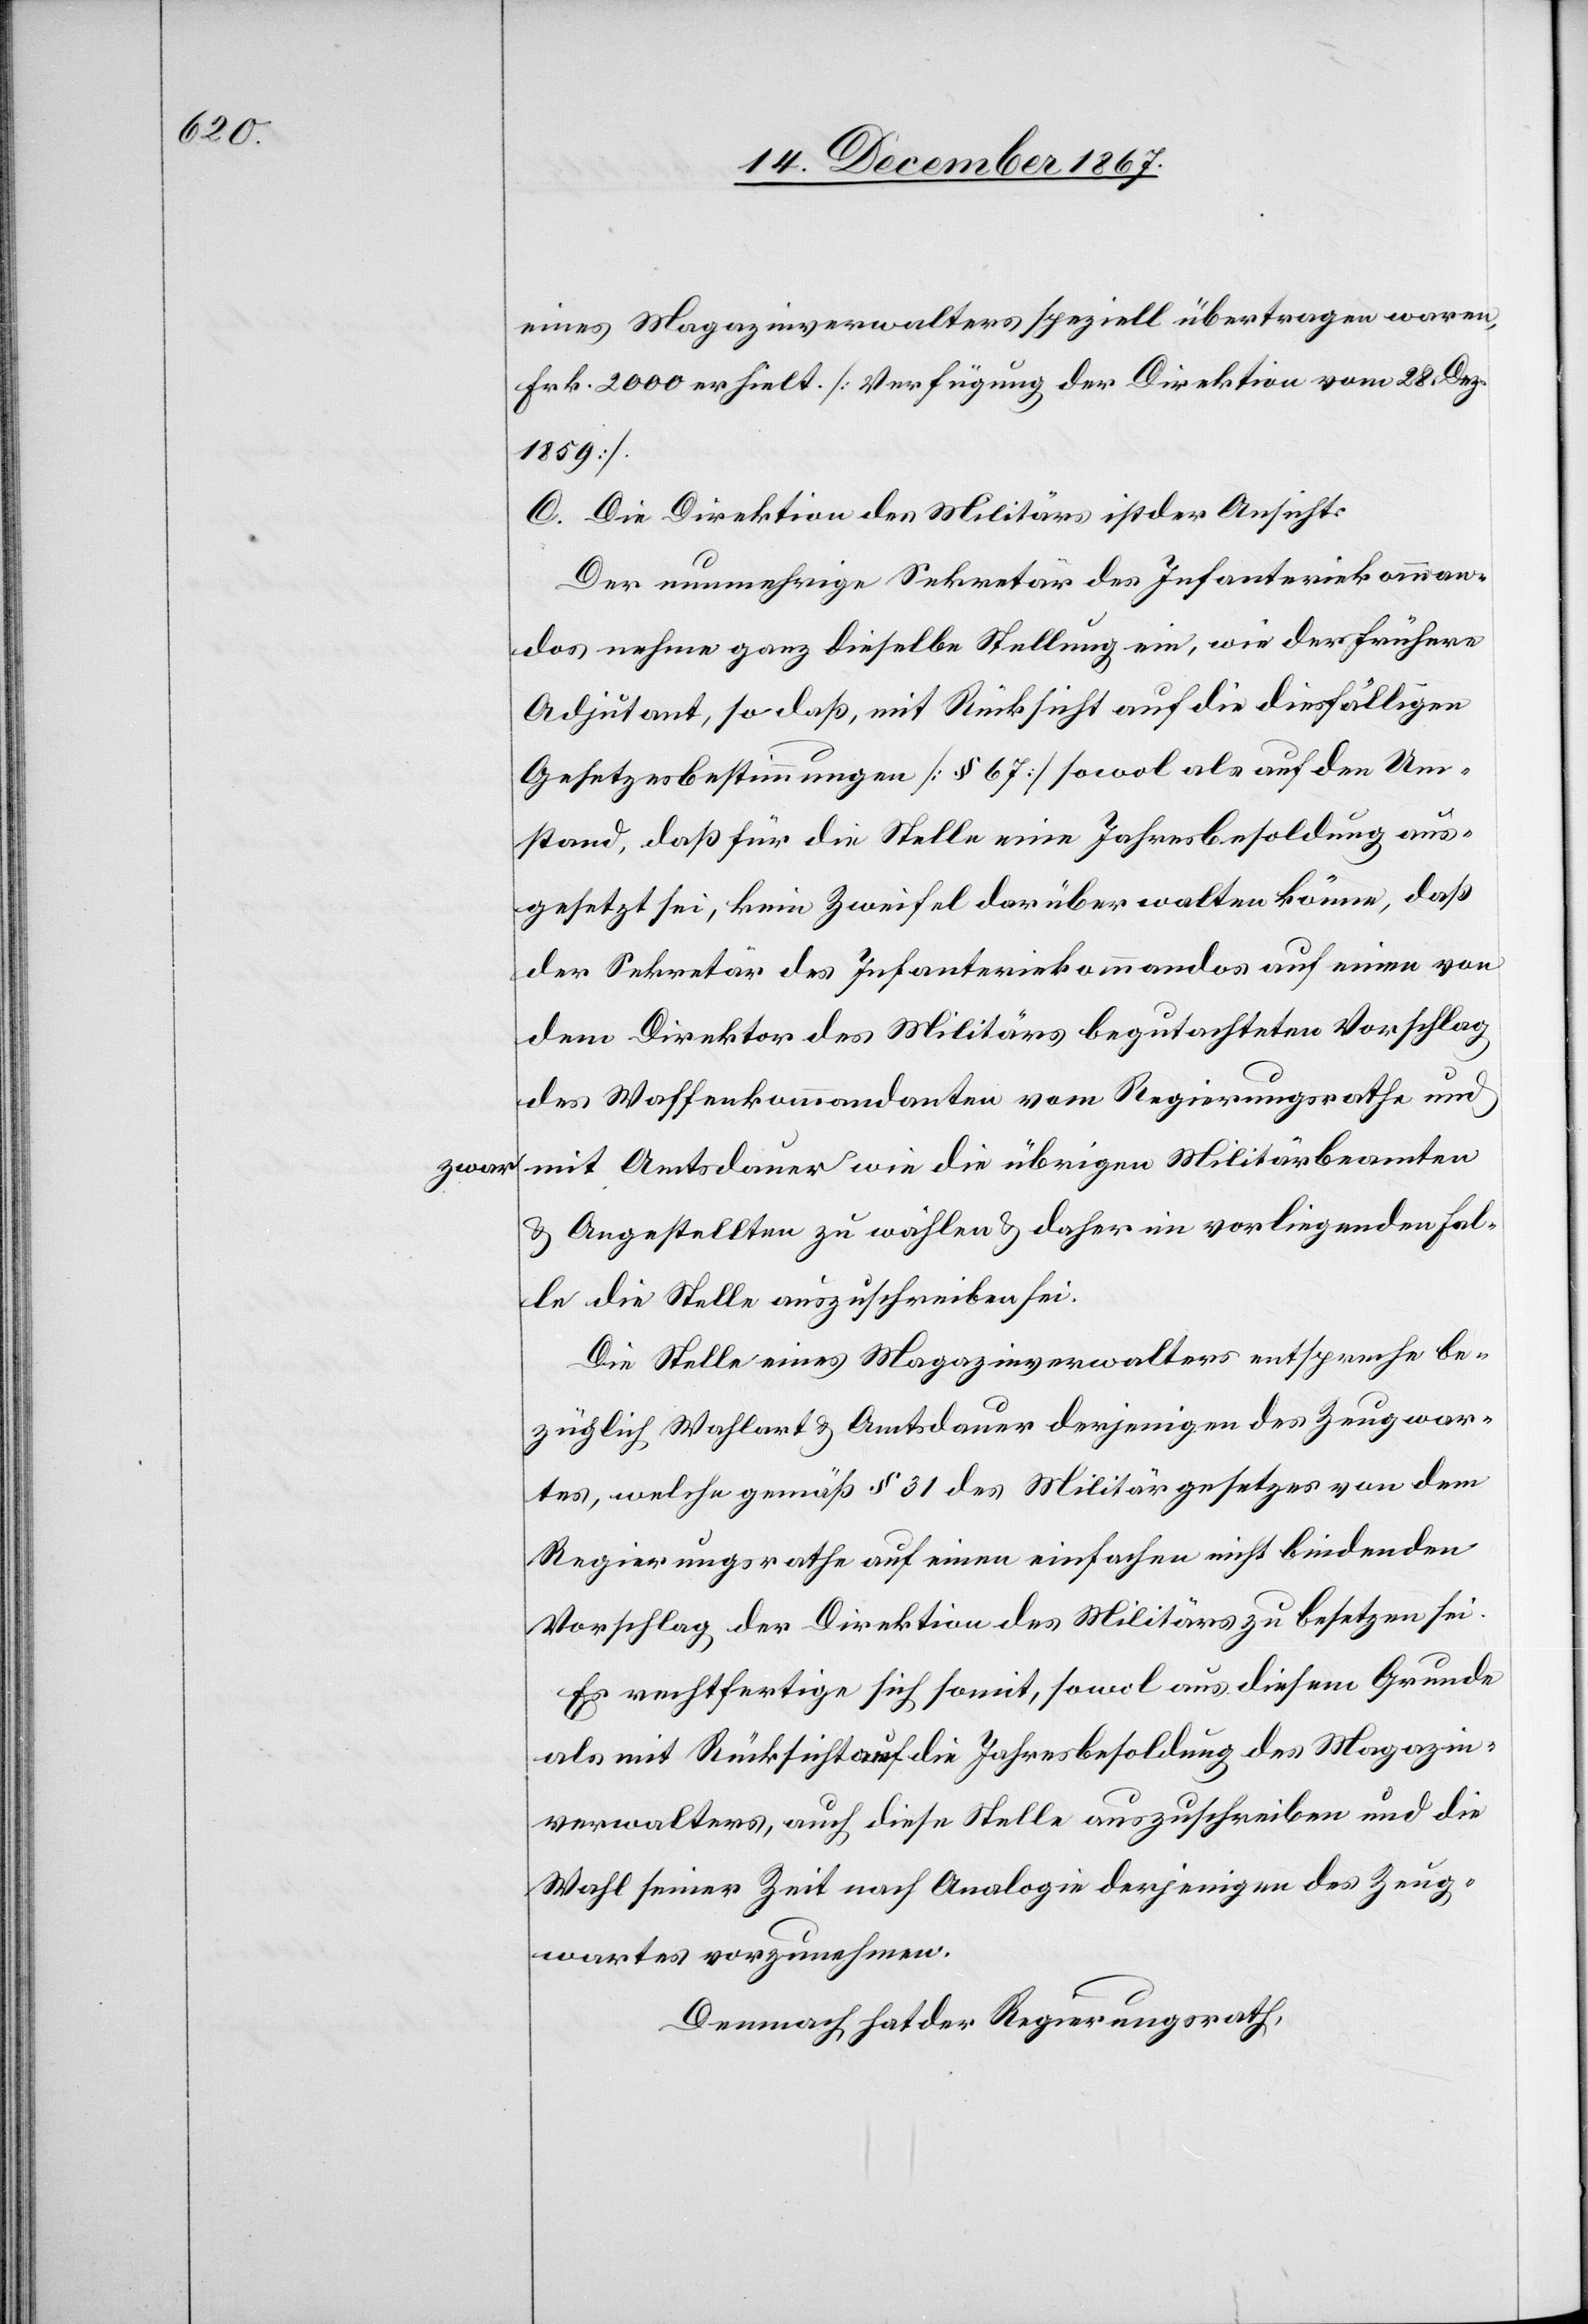
zwar

eines Magazinverwalters speziell übertragen waren,
Frk. 2000 erhielt. [Verfügung der Direktion vom 28. Dez.
1859]
C. Die Direktion des Militärs ist der Ansicht:
Der nunmehrige Sekretär des Infanteriekomman¬
dos nehme ganz dieselbe Stellung ein, wie der frühere
Adjutant, so daß, mit Rücksicht auf die diesfälligen
Gesetzesbestimmungen [§ 67] sowol als auf den Um¬
stand, daß für die Stelle eine Jahresbesoldung aus¬
gesetzt sei, kein Zweifel darüber walten könne, daß
der Sekretär des Infanteriekommandos auf einen von
dem Direktor des Militärs begutachteten Vorschlag
des Waffenkommandanten vom Regierungsrathe und
mit Amtsdauer wie die übrigen Militärbeamten
u. Angestellten zu wählen u. daher im vorliegenden Fal¬
le die Stelle auszuschreiben sei.
Die Stelle eines Magazinverwalters entspreche be¬
züglich Wahlart u. Amtsdauer derjenigen des Zeugwar¬
tes, welches gemäß § 31 des Militärgesetzes von dem
Regierungsrathe auf einen einfachen nicht bindenden
Vorschlag der Direktion des Militärs zu besetzen sei.
Es rechtfertige sich somit, sowol aus diesem Grund
als mit Rücksicht auf die Jahresbesoldung des Magazin¬
verwalters, auch diese Stelle auszuschreiben und die
Wahl seiner Zeit nach Analogie derjenigen des Zeug¬
wartes vorzunehmen.
Demnach hat der Regierungsrath,